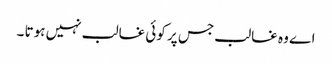
اے وہ غالب جس پر کوئی غالب نہیں ہوتا ۔